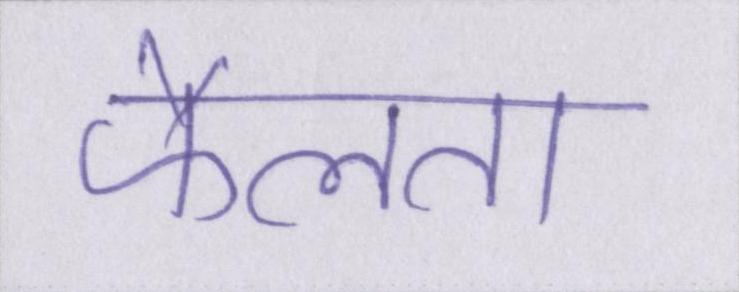
फैलता